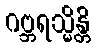
ဂဗ္ဘရသ္မိန္တိ